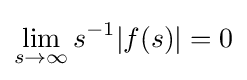
\lim \limits _{s\to \infty }s^{-1}|f(s)|=0